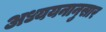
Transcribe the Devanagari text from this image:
अध्ययनानुसार